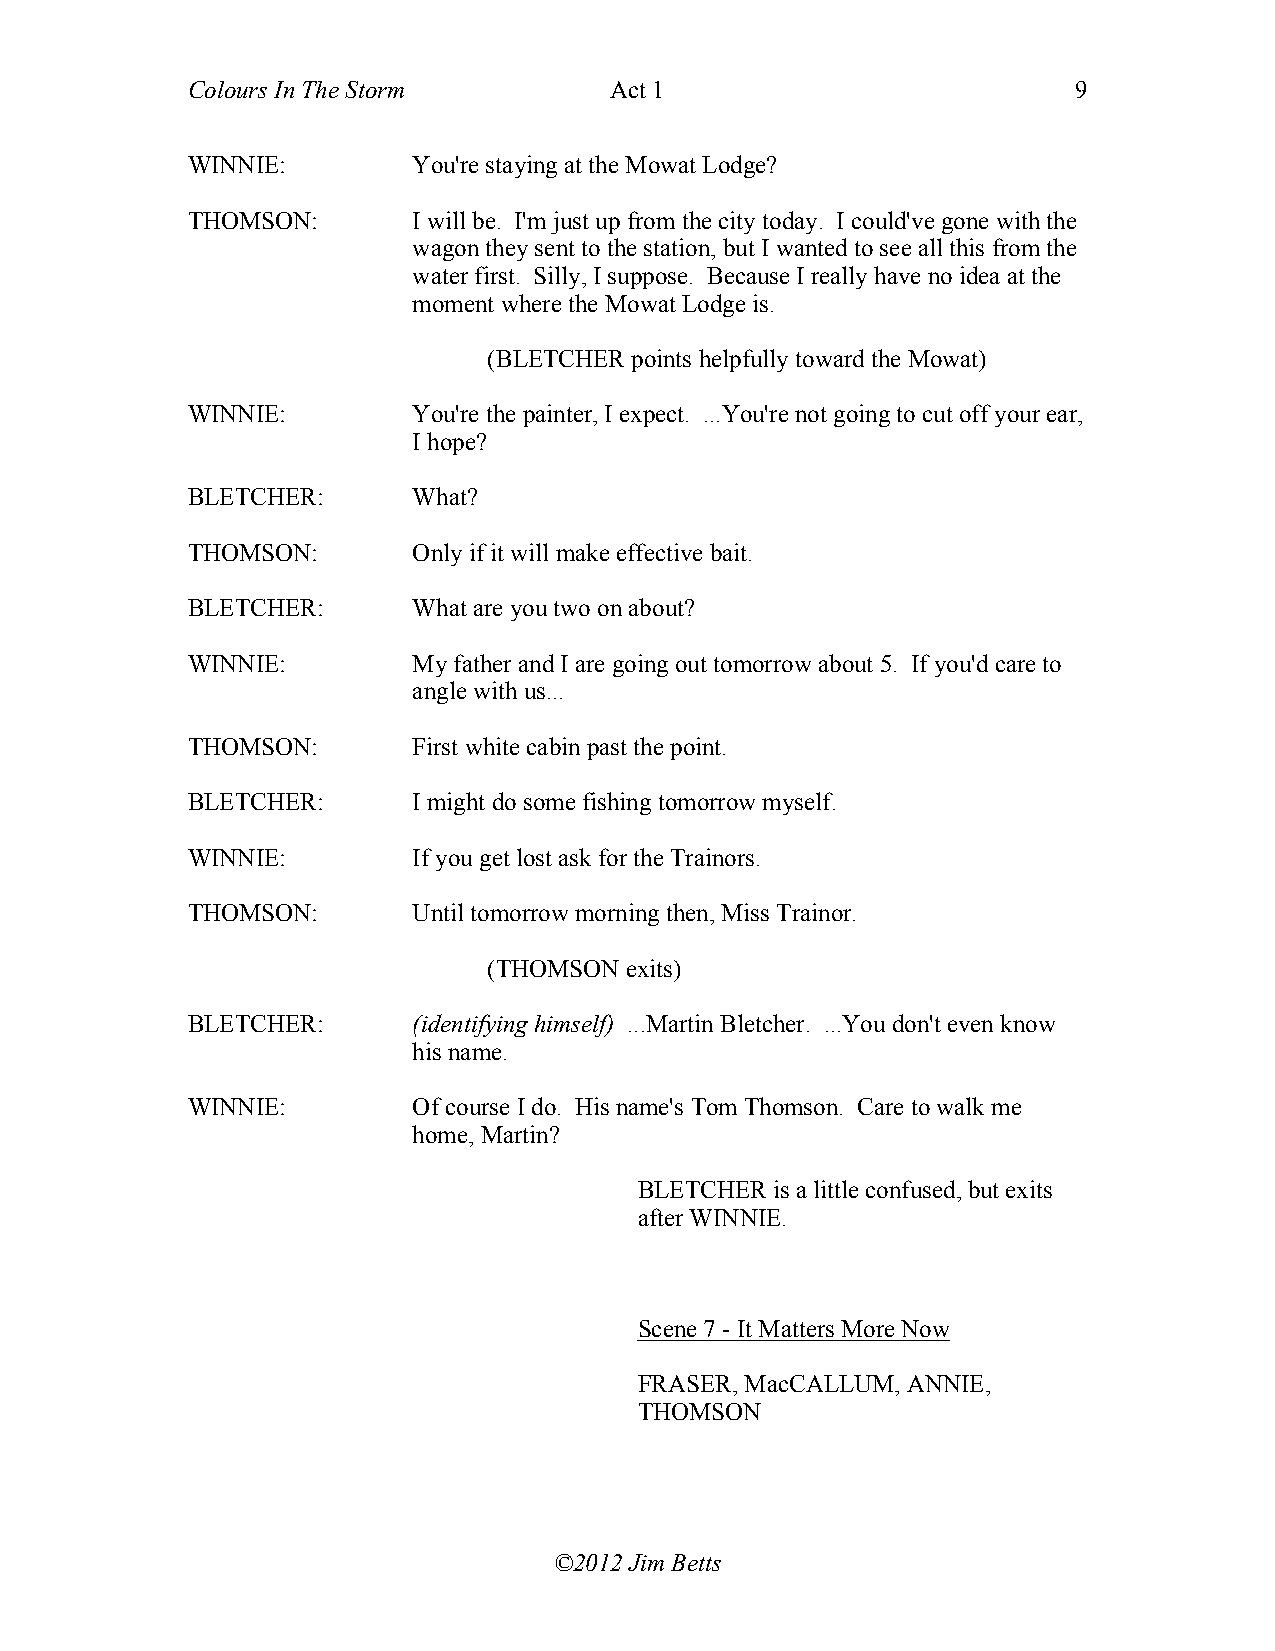
Colours In The Storm        Act 1                          9
 WINNIE:        You're staying at the Mowat Lodge?
 THOMSON:       I will be. I'm just up from the city today. I could've gone with the
 wagon they sent to the station, but I wanted to see all this from the
 water first. Silly, I suppose. Because I really have no idea at the
 moment where the Mowat Lodge is.
 (BLETCHER points helpfully toward the Mowat)
 WINNIE:        You're the painter, I expect. ...You're not going to cut off your ear,
 I hope?
 BLETCHER:      What?
 THOMSON:       Only if it will make effective bait.
 BLETCHER:      What are you two on about?
 WINNIE:        My father and I are going out tomorrow about 5. If you'd care to
 angle with us...
 THOMSON:       First white cabin past the point.
 BLETCHER:      I might do some fishing tomorrow myself.
 WINNIE:        If you get lost ask for the Trainors.
 THOMSON:       Until tomorrow morning then, Miss Trainor.
 (THOMSON exits)
 BLETCHER:      (identifying himself) ...Martin Bletcher. ...You don't even know
 his name.
 WINNIE:        Of course I do. His name's Tom Thomson. Care to walk me
 home, Martin?
 BLETCHER is a little confused, but exits
 after WINNIE.
 Scene 7 - It Matters More Now
 FRASER, MacCALLUM, ANNIE,
 THOMSON
 ©2012 Jim Betts